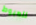
للهبوط